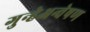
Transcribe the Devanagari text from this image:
गुन्हेअन्वेषण